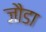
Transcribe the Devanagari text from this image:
जौडा